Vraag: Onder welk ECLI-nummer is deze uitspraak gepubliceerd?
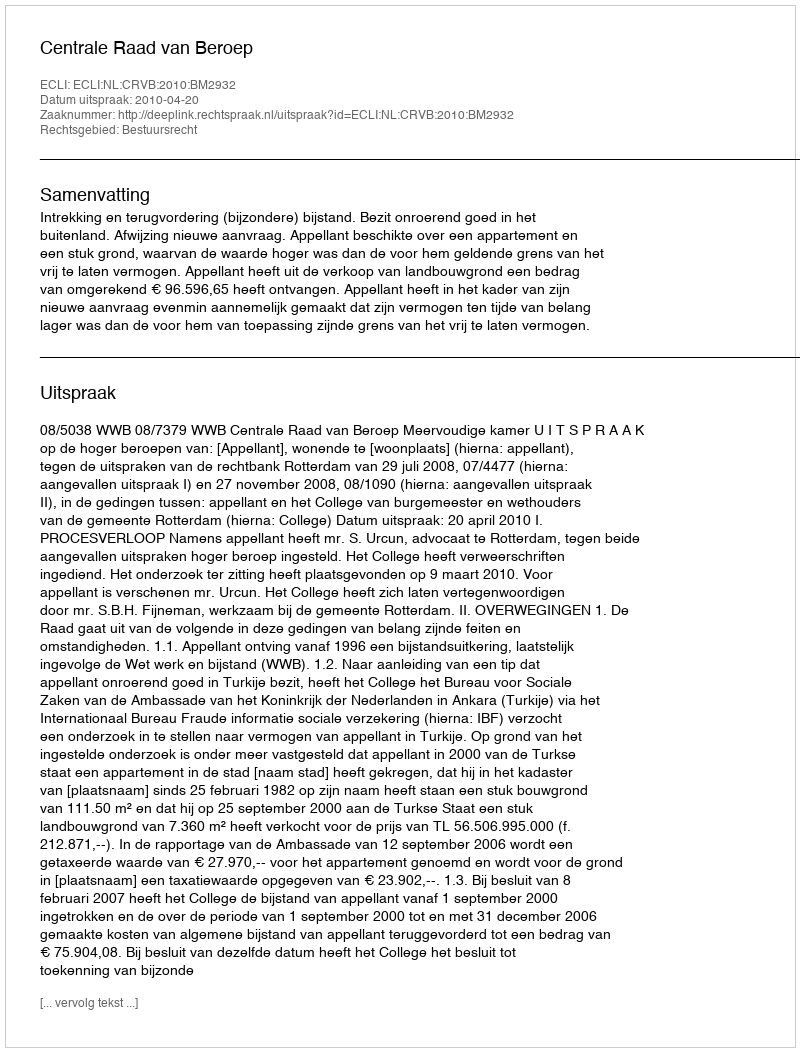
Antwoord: ECLI:NL:CRVB:2010:BM2932